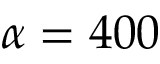
\alpha = 4 0 0